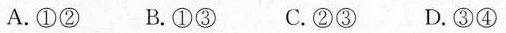
A.①② B.①③ C.②③ D.③④